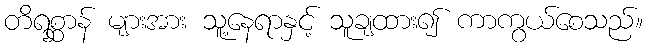
တိရစ္ဆာန် များအား သူ့နေရာနှင့် သူချထား၍ ကာကွယ်စေသည်။